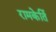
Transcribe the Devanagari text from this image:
रामकेर्ति